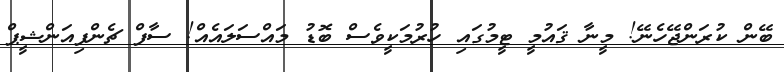
ބޭން ކުރަންޖޭހެނޭ! މީނާ ޤައުމީ ޓީމުގައި ހުރުމަކީވެސް ބޮޑު މައްސަލައެއް! ސާފް ޗެންފިއަންޝީޕް